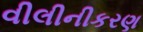
વીલીનીકરણ